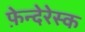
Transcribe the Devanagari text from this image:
फ़ेन्देरेस्क